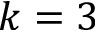
k = 3